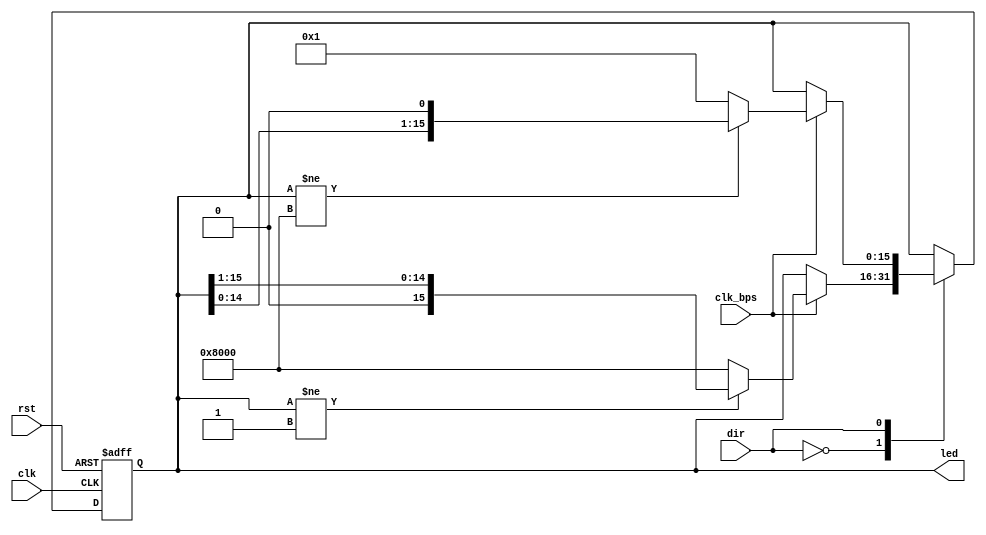
`timescale 1ns / 1ps
module flash_led_ctl(
 	 	input clk,
 	 	input rst,
 	 	input dir,
 	 	input clk_bps,
 	 	output reg[15:0]led
 	 	);
 	 	always @( posedge clk or posedge rst )
 	 		if( rst )
 	 			led <= 16'h8000;
 	 		else
 	 			case( dir )
 	 				1'b0:  			 //
 	 					if( clk_bps )
 	 				 		if( led != 16'd1 )
 	 							led <= led >> 1'b1;
 	 						else
 	 							led <= 16'h8000;
 	 				1'b1:  			 //
 	 			 		if( clk_bps )
 	 						if( led != 16'h8000 )
 	 							led <= led << 1'b1;
 	 						else
 	 							led <= 16'd1;
 	 			endcase
endmodule